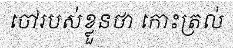
ចៅរបស់ខ្លួនថា កោះត្រល់